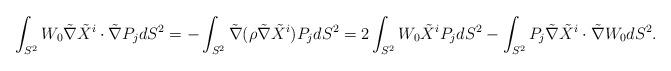
LaTeX: \begin{align*} \int_{S^2} W_0 \tilde {\nabla} \tilde {X}^i \cdot \tilde {\nabla}P_j dS^2 =- \int_{S^2} \tilde{\nabla}(\rho \tilde {\nabla} \tilde {X}^i ) P_j dS^2 = 2\int_{S^2} W_0 \tilde {X}^i P_j dS^2- \int_{S^2} P_j \tilde {\nabla} \tilde {X}^i \cdot \tilde {\nabla} W_0 dS^2.\end{align*}